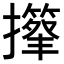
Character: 𢸕